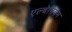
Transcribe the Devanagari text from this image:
एल्थेनियम